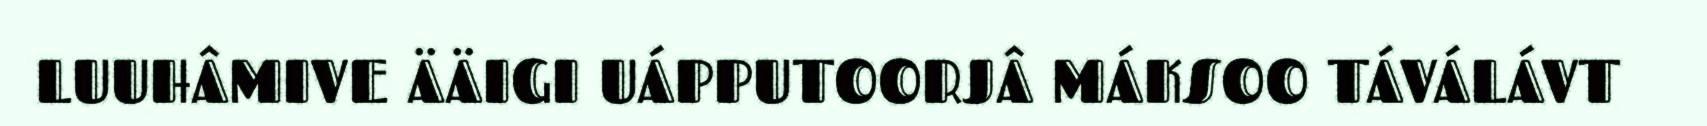
LUUHÂMIVE ÄÄIGI UÁPPUTOORJÂ MÁKSOO TÁVÁLÁVT